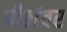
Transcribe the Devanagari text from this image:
पीठांवर